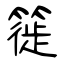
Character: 簁